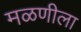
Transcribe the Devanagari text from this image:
मळणीला